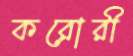
করোরী